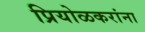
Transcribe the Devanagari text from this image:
प्रियोळकरांना